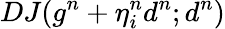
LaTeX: DJ(g^{n}+\eta_{i}^{n}d^{n};d^{n})